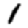
Digit: 1